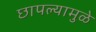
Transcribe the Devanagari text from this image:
छापल्यामुळे